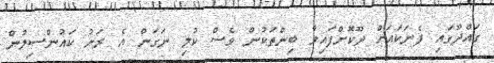
ގައްދޫގައި ފެނަކައަށް ދޫކޮށްފައިވާ ބިންތަކުން ވެސް ކުލި ނަގަން އެ ރަށު ކައުންސިލުން